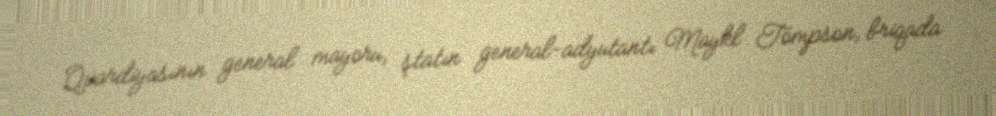
Qvardiyasının general mayoru, ştatın general-adyutantı Maykl Tompson, briqada